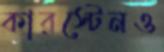
কারস্টেনও